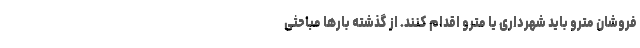
فروشان مترو باید شهرداری یا مترو اقدام کنند. از گذشته بارها مباحثی